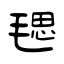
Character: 毸